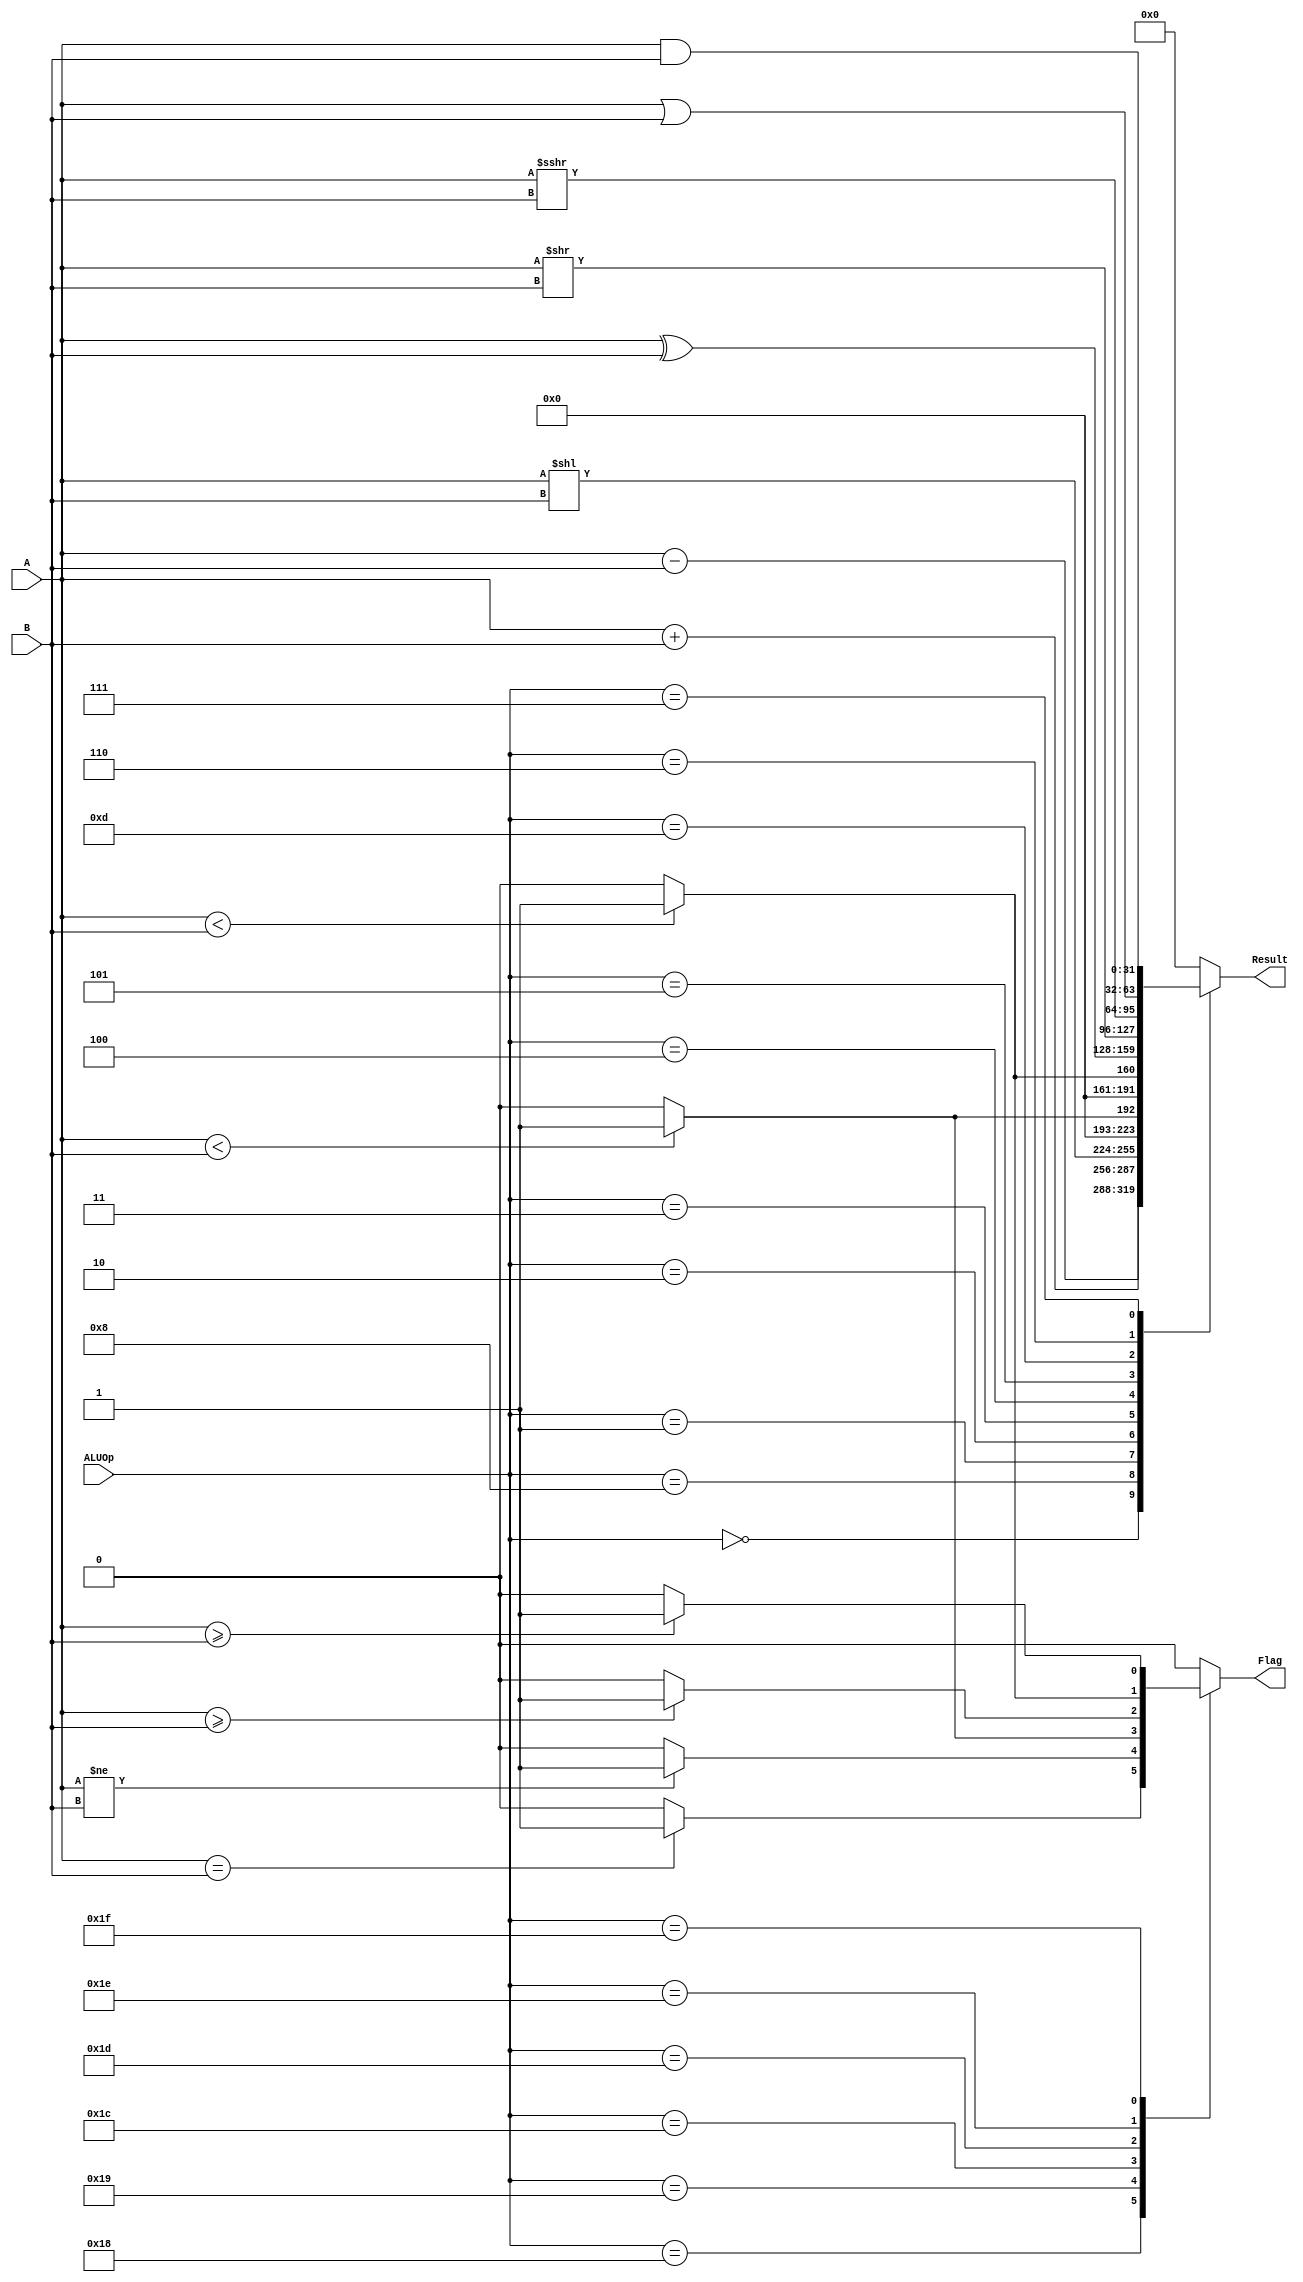
`define ALU_ADD     5'b00000
`define ALU_SUB     5'b01000
`define ALU_SLL     5'b00001
`define ALU_SLT     5'b00010
`define ALU_SLTU    5'b00011
`define ALU_XOR     5'b00100
`define ALU_SRL     5'b00101
`define ALU_SRA     5'b01101
`define ALU_OR      5'b00110
`define ALU_AND     5'b00111 
`define ALU_BEQ     5'b11000 
`define ALU_BNE     5'b11001 
`define ALU_BLT     5'b11100 
`define ALU_BGE     5'b11101 
`define ALU_BLTU    5'b11110 
`define ALU_BGEU    5'b11111

module top_alu(
    //input              clk,
    input       [31:0]  A,
    input       [31:0]  B,
    input       [4:0]  ALUOp,
    output  reg        Flag,   
    output  reg [31:0]  Result
);                            

    
    
    always @(*) begin
        case(ALUOp)
            //ALU_ADD: Result = A + B;
            `ALU_ADD: begin          //1
                Result = A + B;
                Flag = 1'b0;
            end 
            `ALU_SUB: begin          //2
                Result = A - B;
                Flag = 1'b0;
            end
            `ALU_SLL: begin          //3
                Result = A << B;
                Flag = 1'b0;
            end 
            `ALU_SLT: begin          //4
                Result = ($signed(A) < $signed(B)) ? 1 : 0;
                Flag = 1'b0;
            end 
            `ALU_SLTU: begin          //5
                Result = (A < B) ? 1 : 0;
                Flag = 1'b0;
            end 
            `ALU_XOR: begin          //6
                Result = A ^ B;
                Flag = 1'b0;
            end 
            `ALU_SRL: begin          //7
                Result = A >> B;
                Flag = 1'b0;
            end 
            `ALU_SRA: begin          //8
                Result = $signed(A) >>> B;
                Flag = 1'b0;
            end 
            `ALU_OR: begin          //9
                Result = A | B;
                Flag = 1'b0;
            end 
            `ALU_AND: begin          //10
                Result = A & B;
                Flag = 1'b0;
            end 
            `ALU_BEQ: begin          //11
                Result = 0;
                Flag = (A==B) ? 1 : 0;
            end 
            `ALU_BNE: begin          //12
                Result = 0;
                Flag = (A != B) ? 1 : 0;
            end 
            `ALU_BLT: begin          //13
                Result = 0;
                Flag = ($signed(A) < $signed(B)) ? 1 : 0;
            end 
            `ALU_BGE: begin          //14
                Result = 0;
                Flag = ($signed(A) >= $signed(B)) ? 1 : 0;
            end 
            `ALU_BLTU: begin          //15
                Result = 0;
                Flag = (A < B) ? 1 : 0;
            end 
            `ALU_BGEU: begin          //16
                Result = 0;
                Flag = (A >= B) ? 1 : 0;
            end 
            
            default: begin 
                Result = 1'd0;
                Flag = 1'd0;
            end
        endcase
    end
    
    // [6:0] HEX [3:0]

endmodule